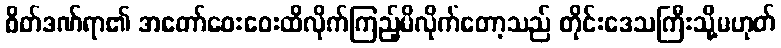
စိတ်ဒဏ်ရာ၏ အတော်ဝေးဝေးထိလိုက်ကြည့်မိလိုက်တော့သည် တိုင်းဒေသကြီးသို့မဟုတ်